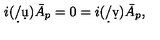
i ( \d / \d u ) \bar { A } _ { p } = 0 = i ( \d / \d v ) \bar { A } _ { p } ,